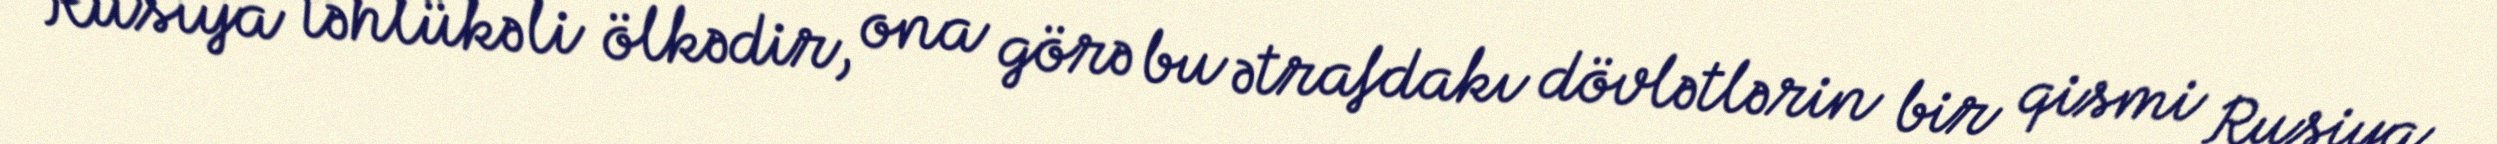
Rusiya təhlükəli ölkədir, ona görə bu ətrafdakı dövlətlərin bir qismi Rusiya